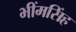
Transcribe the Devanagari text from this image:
भींमसिंह